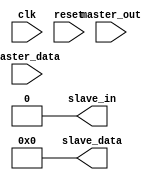
module spi_controller (
    input wire clk,
    input wire reset,
    input wire master_out,
    input wire [7:0] master_data,
    output reg slave_in,
    output reg [7:0] slave_data
);

reg [2:0] state;
reg [2:0] next_state;

parameter IDLE = 3'b000;
parameter TRANSMIT = 3'b001;
parameter RECEIVE = 3'b010;

always @(posedge clk or posedge reset) begin
    if (reset) begin
        state <= IDLE;
    end else begin
        state <= next_state;
    end
end

always @* begin
    next_state = state;
    slave_in = 1'b0;
    slave_data = 8'b00000000;

    case (state)
        IDLE: begin
            if (master_out) begin
                next_state = TRANSMIT;
            end
        end
        TRANSMIT: begin
            // Generate clock signal
            // Transfer data from master_data to slave_data
            next_state = RECEIVE;
        end
        RECEIVE: begin
            // Generate clock signal
            // Transfer data from slave_data to master_data
            next_state = IDLE;
        end
    endcase
end

endmodule